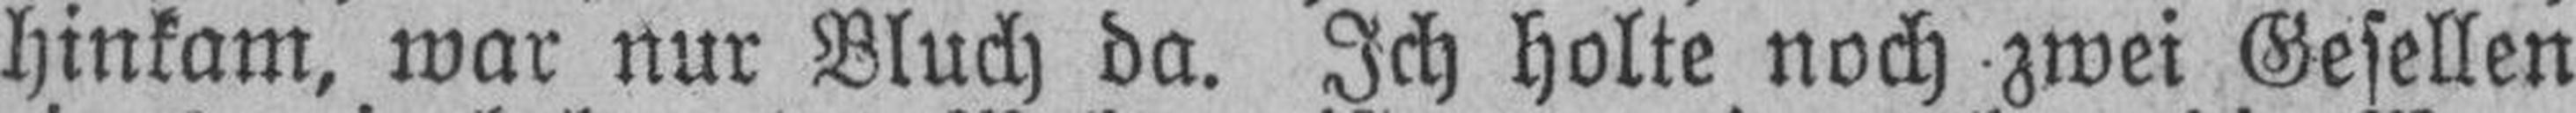
hinkam, war nur Bluch da. Ich holte noch zwei Gesellen